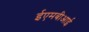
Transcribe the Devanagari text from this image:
ईएमबीआई